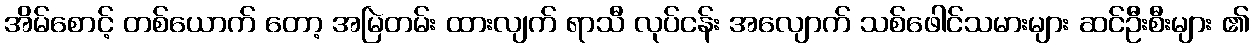
အိမ်စောင့် တစ်ယောက် တော့ အမြဲတမ်း ထားလျက် ရာသီ လုပ်ငန်း အလျောက် သစ်ဖေါင်သမားများ ဆင်ဦးစီးများ ၏